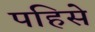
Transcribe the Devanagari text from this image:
पहिसे